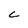
Character: C